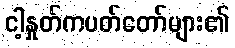
ငါ့နှုတ်ကပတ်တော်များ၏